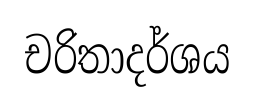
චරිතාදර්ශය